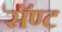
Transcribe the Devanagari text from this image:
सॅण्ट